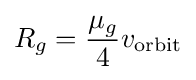
R_{g}={\frac {\mu _{g}}{4}}v_{\text{orbit}}